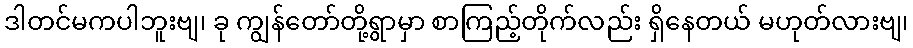
ဒါတင်မကပါဘူးဗျ၊ ခု ကျွန်တော်တို့ရွာမှာ စာကြည့်တိုက်လည်း ရှိနေတယ် မဟုတ်လားဗျ၊